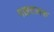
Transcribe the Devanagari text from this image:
मख़तलफ़